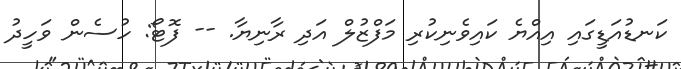
ކަނޑުއަޑީގައި އިއްޔެ ކައިވެނިކުރި މަފްޒުލް އަދި ރާނިޔާ. -- ފޮޓޯ: ހުސެން ވަހީދު